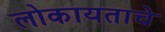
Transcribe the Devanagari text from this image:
लोकायताचे